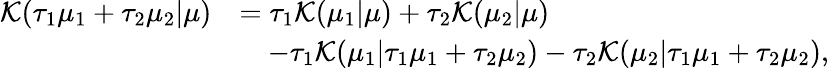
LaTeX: \begin{array}{rl}{\mathcal K(\tau_{1}\mu_{1}+\tau_{2}\mu_{2}|\mu)}&{=\tau_{1}\mathcal K(\mu_{1}|\mu)+\tau_{2}\mathcal K(\mu_{2}|\mu)}\\ &{\quad-\tau_{1}\mathcal K(\mu_{1}|\tau_{1}\mu_{1}+\tau_{2}\mu_{2})-\tau_{2}\mathcal K(\mu_{2}|\tau_{1}\mu_{1}+\tau_{2}\mu_{2}),}\end{array}